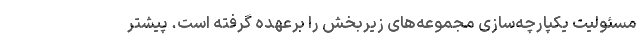
مسئولیت یکپارچه‌سازی مجموعه‌های زیربخش را برعهده گرفته است. پیشتر